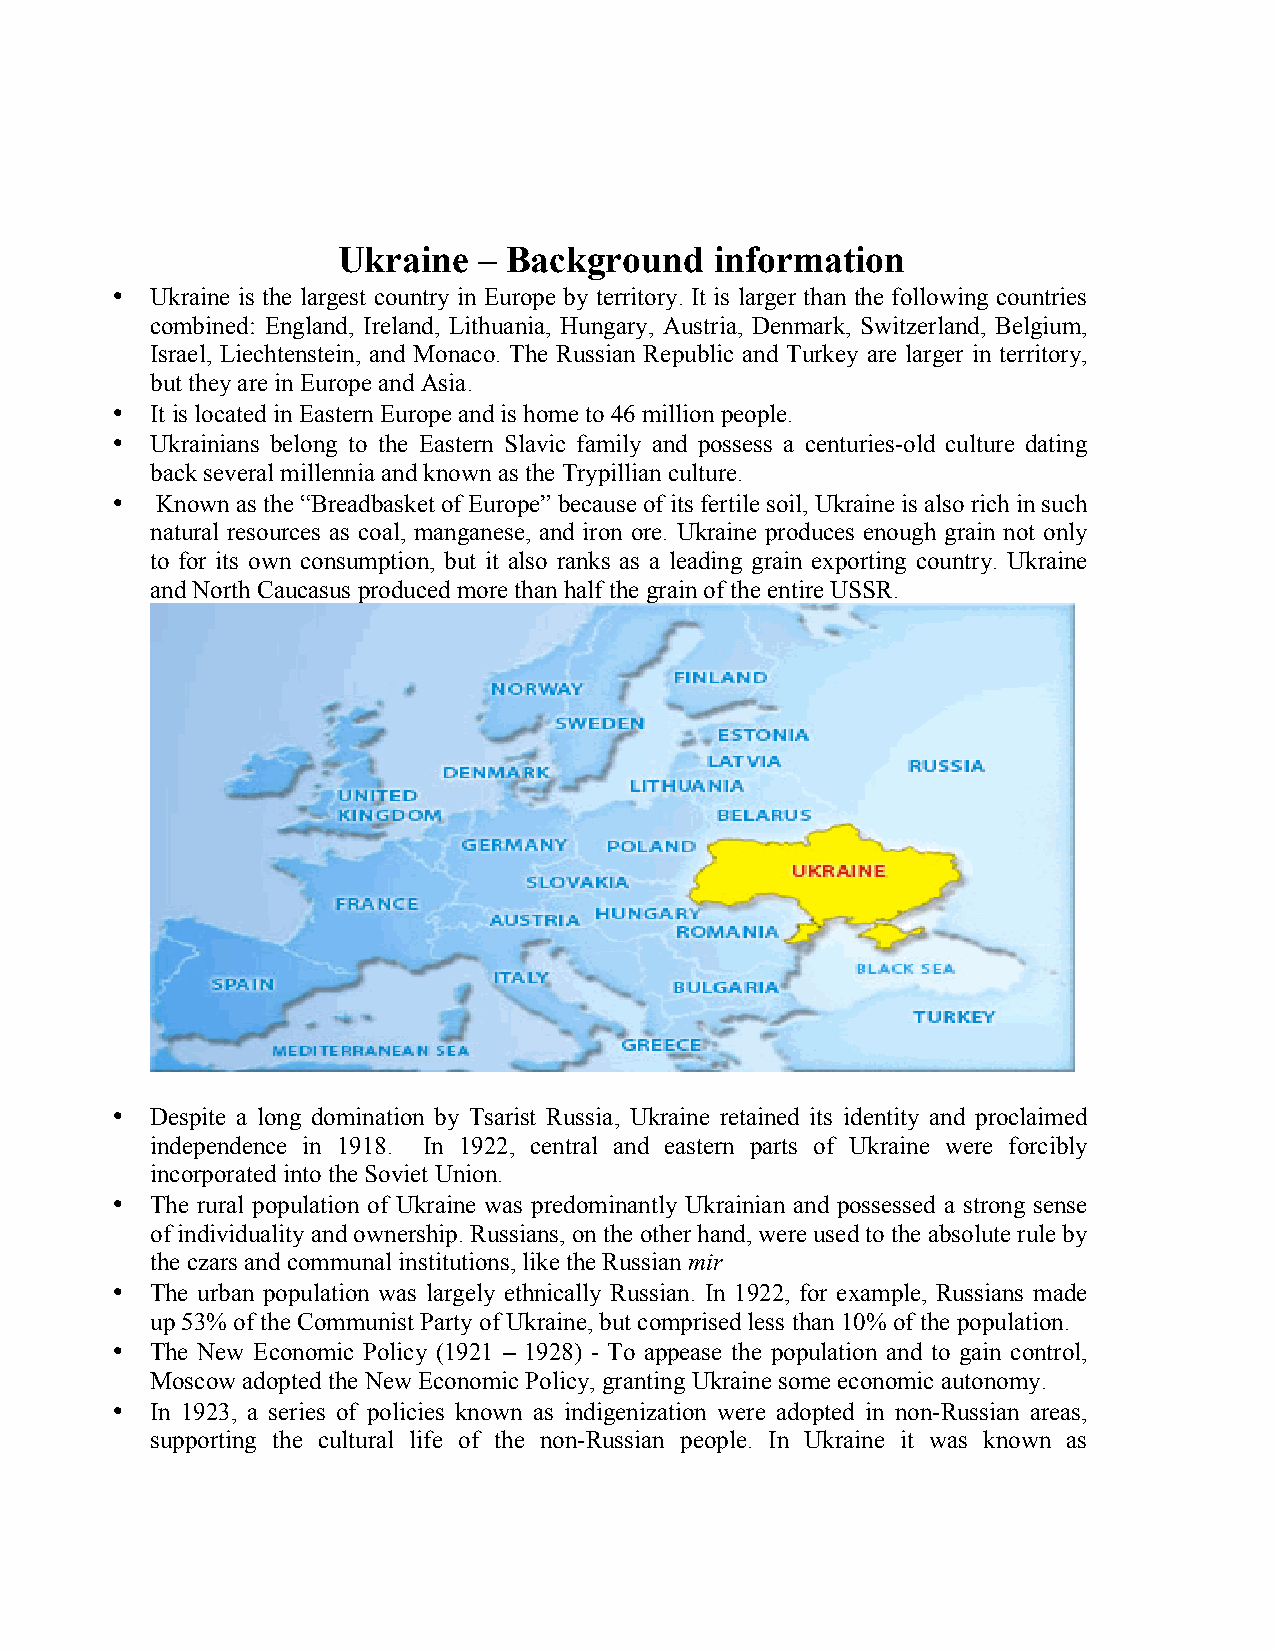
Ukraine   – Background   information
 •  Ukraine is the largest country in Europe by territory. It is larger than the following countries
 combined: England, Ireland, Lithuania, Hungary, Austria, Denmark, Switzerland, Belgium,
 Israel, Liechtenstein, and Monaco. The Russian Republic and Turkey are larger in territory,
 but they are in Europe and Asia.
 •  It is located in Eastern Europe and is home to 46 million people.
 •  Ukrainians belong to the Eastern Slavic family and possess a centuries-old culture dating
 back several millennia and known as the Trypillian culture.
 •  Known as the “Breadbasket of Europe” because of its fertile soil, Ukraine is also rich in such
 natural resources as coal, manganese, and iron ore. Ukraine produces enough grain not only
 to for its own consumption, but it also ranks as a leading grain exporting country. Ukraine
 and North Caucasus produced more than half the grain of the entire USSR.
 •  Despite a long domination by Tsarist Russia, Ukraine retained its identity and proclaimed
 independence in 1918. In 1922, central and eastern parts of Ukraine were forcibly
 incorporated into the Soviet Union.
 •  The rural population of Ukraine was predominantly Ukrainian and possessed a strong sense
 of individuality and ownership. Russians, on the other hand, were used to the absolute rule by
 the czars and communal institutions, like the Russian mir
 •  The urban population was largely ethnically Russian. In 1922, for example, Russians made
 up 53% of the Communist Party of Ukraine, but comprised less than 10% of the population.
 •  The New Economic Policy (1921 – 1928) - To appease the population and to gain control,
 Moscow adopted the New Economic Policy, granting Ukraine some economic autonomy.
 •  In 1923, a series of policies known as indigenization were adopted in non-Russian areas,
 supporting the cultural life of the non-Russian people. In Ukraine it was known as